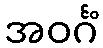
အဝင်္ဂံ